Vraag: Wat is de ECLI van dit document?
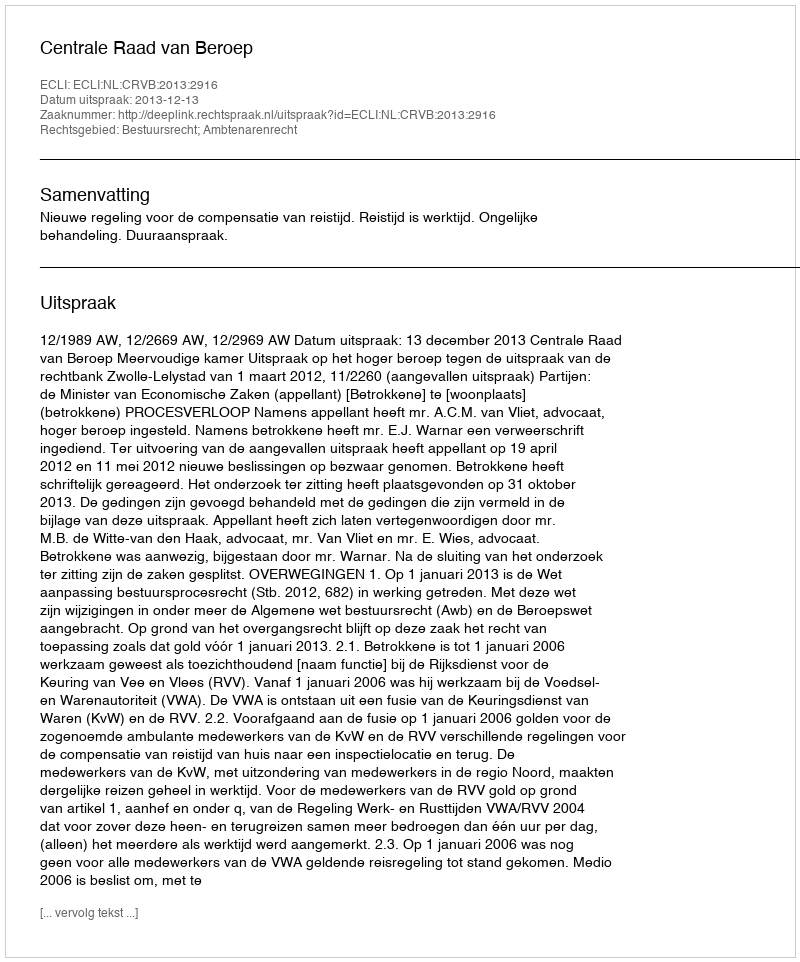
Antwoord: ECLI:NL:CRVB:2013:2916